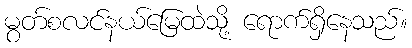
မွတ်စလင်နယ်မြေထဲသို့ ရောက်ရှိနေသည်။